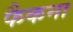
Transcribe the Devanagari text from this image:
फैकना